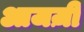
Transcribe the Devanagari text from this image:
आजज़ी